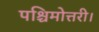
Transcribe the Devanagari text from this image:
पश्चिमोत्तरी।